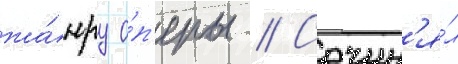
жа́нру о́п'еры // Сочин'я́л